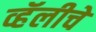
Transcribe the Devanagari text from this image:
व्हॅलीचे